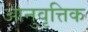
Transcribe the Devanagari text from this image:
आनुवृत्तिक